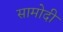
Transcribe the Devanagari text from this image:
सामोदी